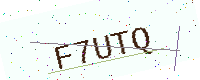
Text: F7UTQ